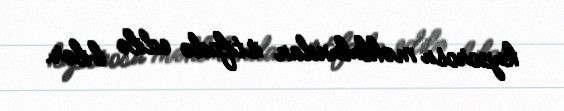
kuporosu məhlulundan istifadə edilə bilər.